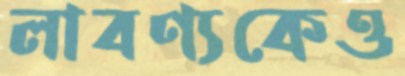
লাবণ্যকেও